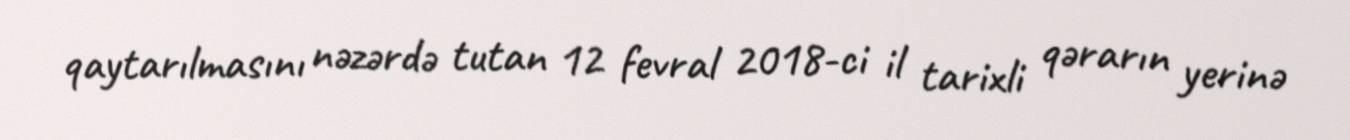
qaytarılmasını nəzərdə tutan 12 fevral 2018-ci il tarixli qərarın yerinə